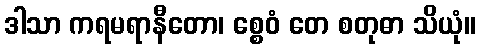
ဒါသာ ကရမရာနီတော၊ စ္စေဝံ တေ စတုဓာ သိယုံ။